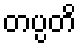
တပ္ပတိ